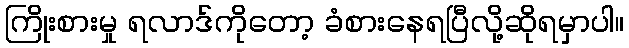
ကြိုးစားမှု ရလာဒ်ကိုတော့ ခံစားနေရပြီလို့ဆိုရမှာပါ။